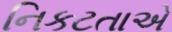
નિકટતાએ